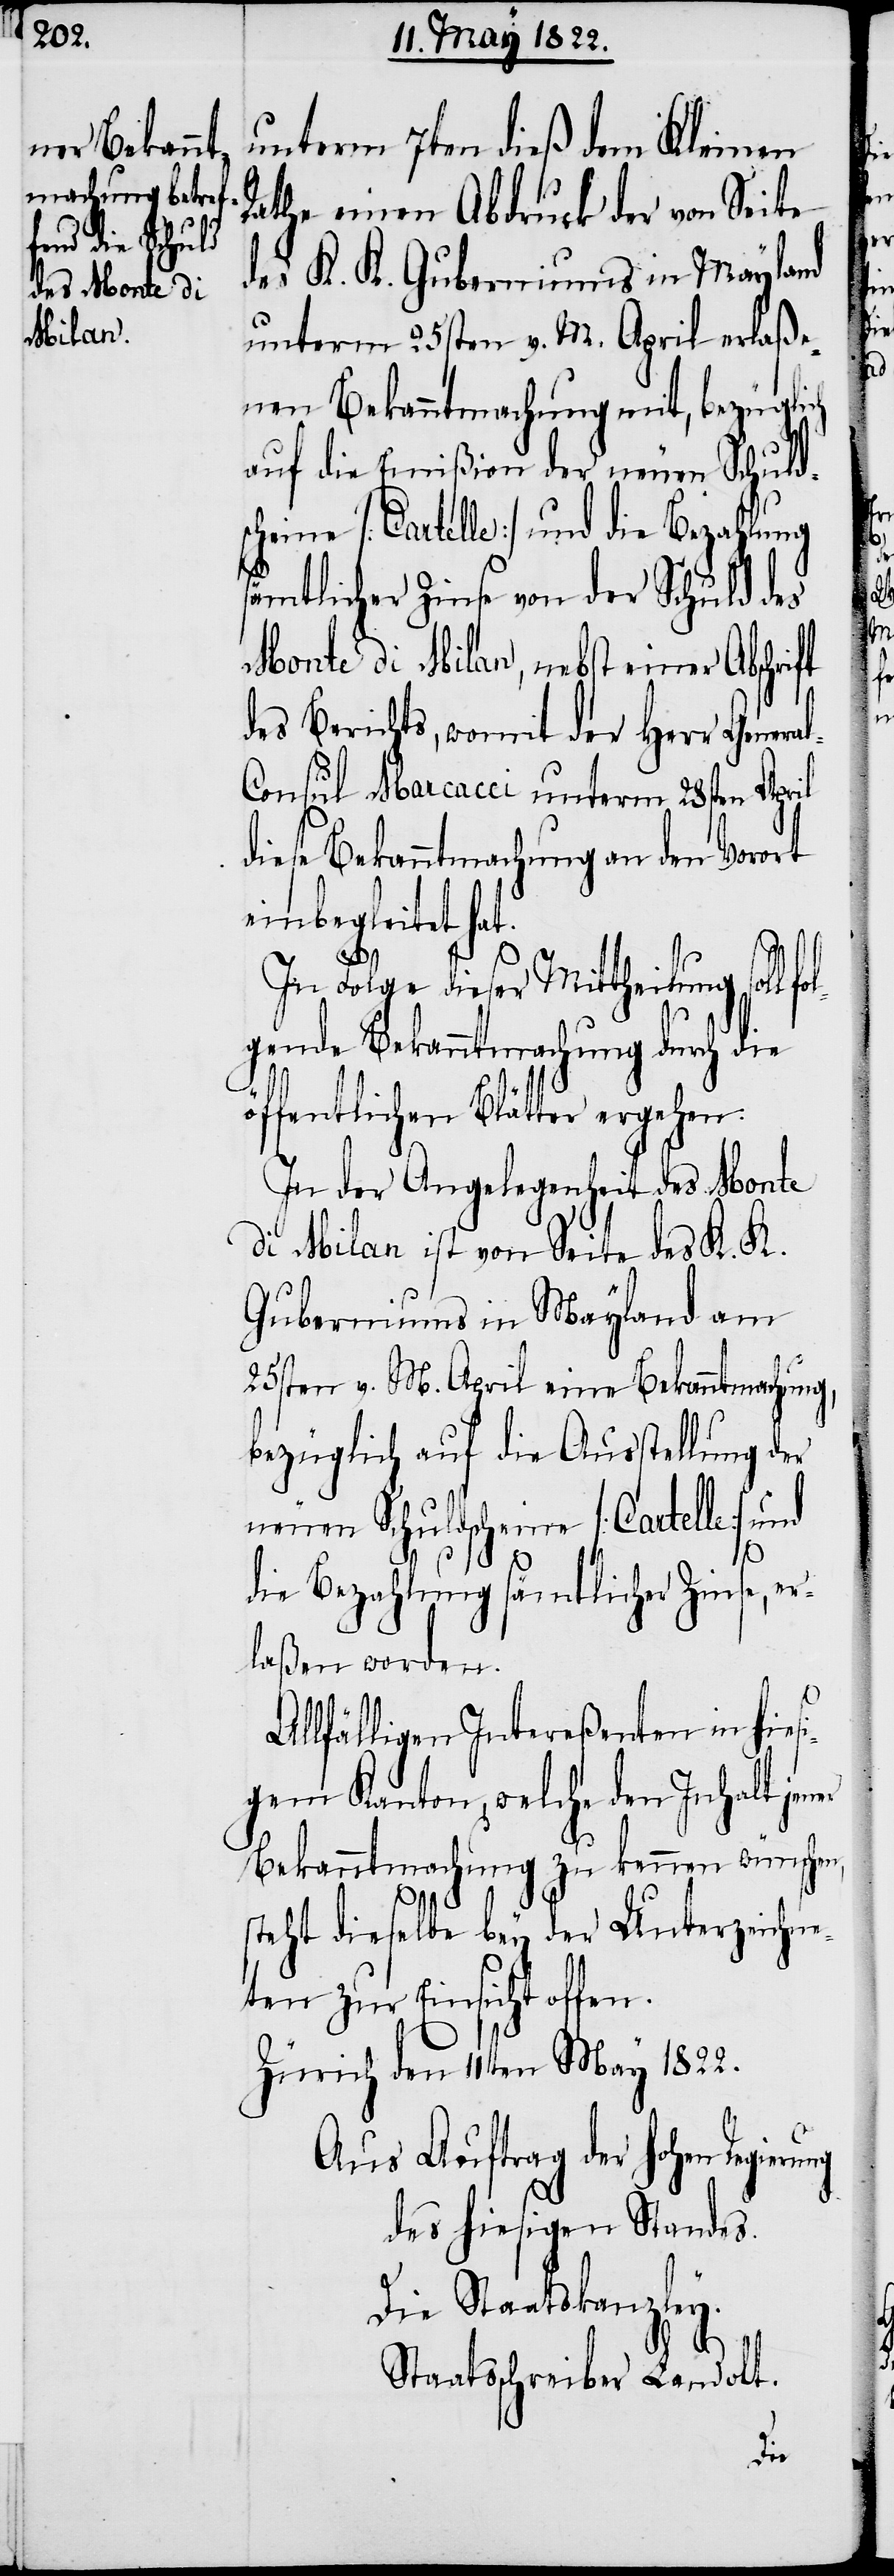
unterm 7ten dieß dem Kleinen
Rathe einen Abdruck der von Seite
des K. K. Guberniums in Mayland
unterm 25sten v. M. April erlaße¬
nen Bekanntmachung mit, bezüglich
auf die Emißion der neuen Schuld¬
scheine [Cartelle] und die Bezahlung
ämtlicher Zinse von der Schuld des
Mondi di Milan, nebst einer Abschri¬
des Berichts, womit der Herr Genera¬
onsul Marcacci unterm 28sten April
diese Bekanntmachung an den Vorort
einbegleitet hat.
In Folge dieser Mittheilung soll
lgende Bekanntmachung durch die
öffentlichen Blätter ergehen:
In der Angelegenheit Monte
die Milan ist von Seite des K. K.
Guberniums in Mayland am
25sten v. M. April eine Bekanntmachung,
bezüglich auf die Ausstellung der
neuen Schuldscheine [Cartelle] und
S¬
l-C¬
die Bezahlung sämtlicher Zinse, er¬
laßen worden.
Allfälligen Intereßenten in hies¬
igem Kanton, welche den Inhalt jener
Bekanntmachung zu kennen wünschen,
teht dieselbe bey der Unterzeichne¬
ten zur Einsicht offe¬
Zürich den 11ten May 1822.
Aus Auftrag der hohen
des hiesigen Standes.
Die Staatskanzley.
taatssschreiber Landolt.